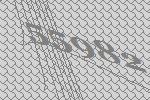
55982